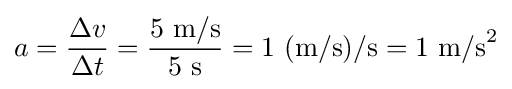
a={\frac {\Delta v}{\Delta t}}={\frac {5{\text{ m/s}}}{5{\text{ s}}}}=1{\text{ (m/s)/s}}=1{\text{ m/s}}^{2}